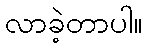
လာခဲ့တာပါ။